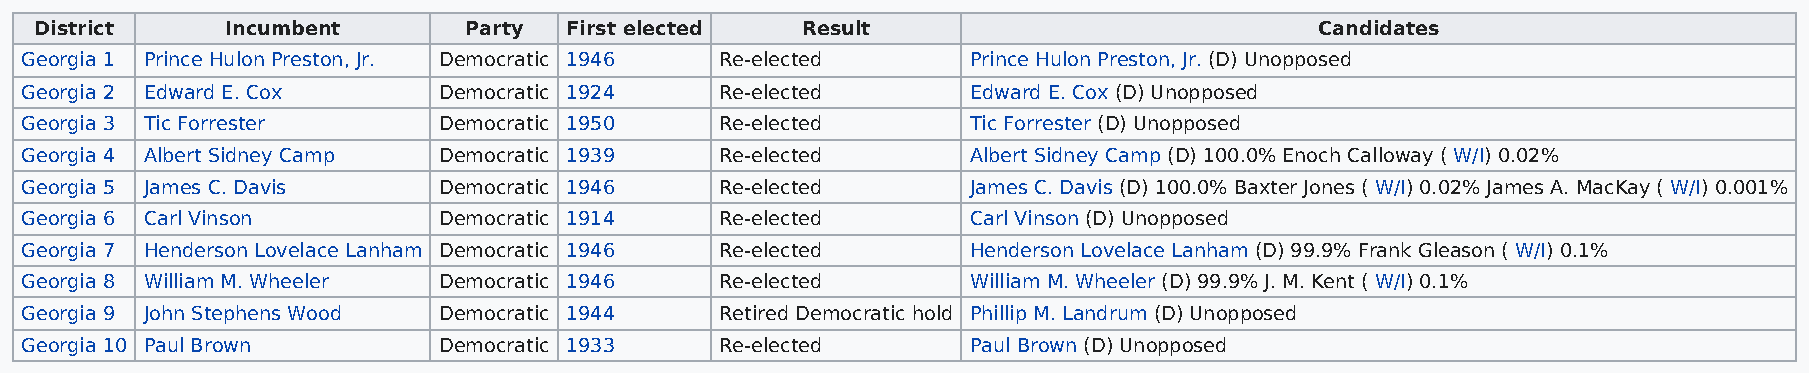
District     Incumbent       Party First elected   Result                            Candidates
 Georgia 1 Prince Hulon Preston, Jr. Democratic 1946 Re-elected Prince Hulon Preston, Jr. (D) Unopposed
 Georgia 2 Edward E. Cox     Democratic 1924    Re-elected      Edward E. Cox (D) Unopposed
 Georgia 3 Tic Forrester     Democratic 1950    Re-elected      Tic Forrester (D) Unopposed
 Georgia 4 Albert Sidney Camp Democratic 1939   Re-elected      Albert Sidney Camp (D) 100.0% Enoch Calloway ( W/I) 0.02%
 Georgia 5 James C. Davis    Democratic 1946    Re-elected      James C. Davis (D) 100.0% Baxter Jones ( W/I) 0.02% James A. MacKay ( W/I) 0.001%
 Georgia 6 Carl Vinson       Democratic 1914    Re-elected      Carl Vinson (D) Unopposed
 Georgia 7 Henderson Lovelace Lanham Democratic 1946 Re-elected Henderson Lovelace Lanham (D) 99.9% Frank Gleason ( W/I) 0.1%
 Georgia 8 William M. Wheeler Democratic 1946   Re-elected      William M. Wheeler (D) 99.9% J. M. Kent ( W/I) 0.1%
 Georgia 9 John Stephens Wood Democratic 1944   Retired Democratic hold Phillip M. Landrum (D) Unopposed
 Georgia 10 Paul Brown       Democratic 1933    Re-elected      Paul Brown (D) Unopposed